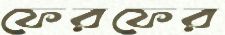
ফেরফের